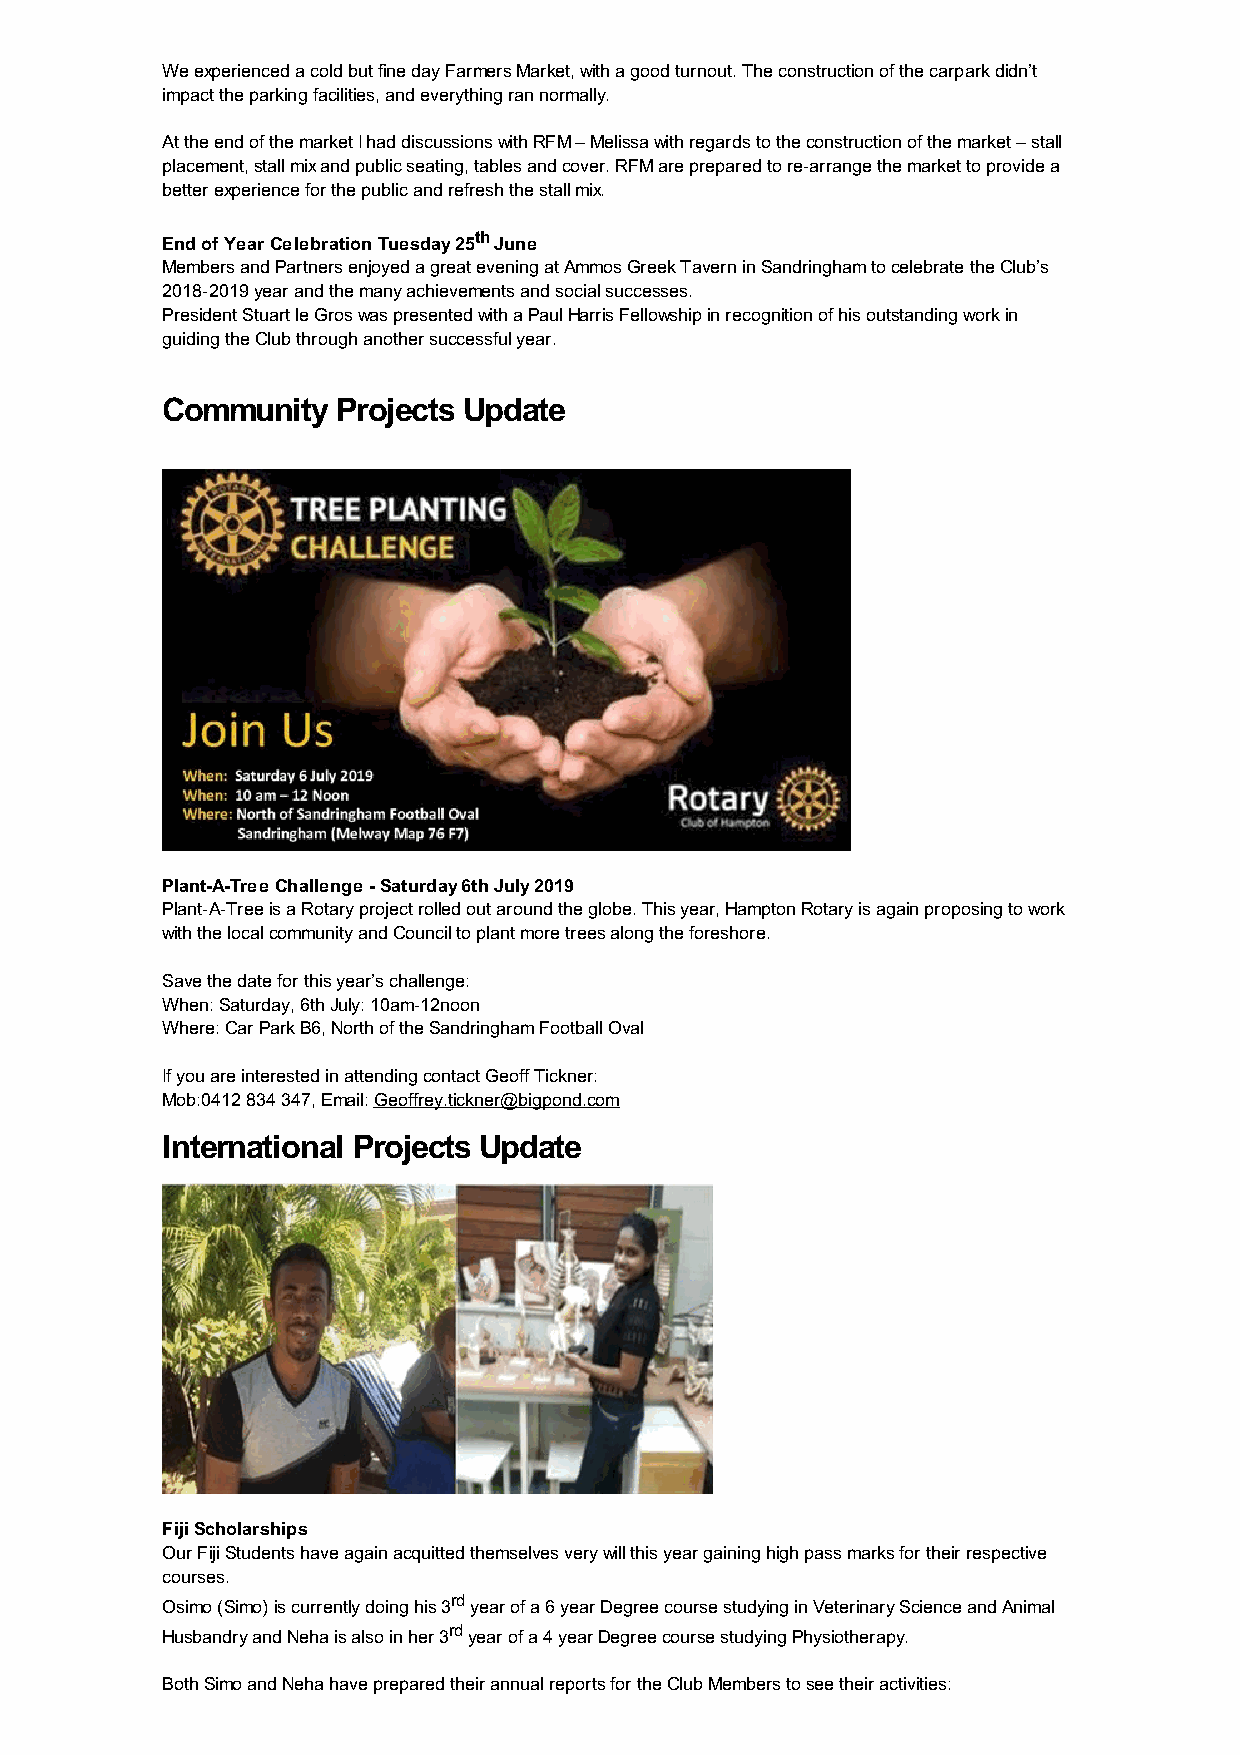
We experienced a cold but fine day Farmers Market, with a good turnout. The construction of the carpark didn’t
 impact the parking facilities, and everything ran normally.
 At the end of the market I had discussions with RFM – Melissa with regards to the construction of the market – stall
 placement, stall mix and public seating, tables and cover. RFM are prepared to re-arrange the market to provide a
 better experience for the public and refresh the stall mix.
 End of Year Celebration Tuesday 25th June
 Members and Partners enjoyed a great evening at Ammos Greek Tavern in Sandringham to celebrate the Club’s
 2018-2019 year and the many achievements and social successes.
 President Stuart le Gros was presented with a Paul Harris Fellowship in recognition of his outstanding work in
 guiding the Club through another successful year.
 Community  Projects Update
 Plant-A-Tree Challenge - Saturday 6th July 2019
 Plant-A-Tree is a Rotary project rolled out around the globe. This year, Hampton Rotary is again proposing to work
 with the local community and Council to plant more trees along the foreshore.
 Save the date for this year’s challenge:
 When: Saturday, 6th July: 10am-12noon
 Where: Car Park B6, North of the Sandringham Football Oval
 If you are interested in attending contact Geoff Tickner:
 Mob:0412 834 347, Email: Geoffrey.tickner@bigpond.com
 International Projects Update
 Fiji Scholarships
 Our Fiji Students have again acquitted themselves very will this year gaining high pass marks for their respective
 courses.
 Osimo (Simo) is currently doing his 3rd year of a 6 year Degree course studying in Veterinary Science and Animal
 Husbandry and Neha is also in her 3rd year of a 4 year Degree course studying Physiotherapy.
 Both Simo and Neha have prepared their annual reports for the Club Members to see their activities: